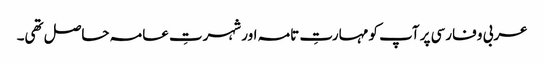
عربی و فارسی پر آپ کو مہارتِ تامہ اور شہرتِ عامہ حاصل تھی۔